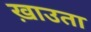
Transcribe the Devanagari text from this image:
ख़ाउता